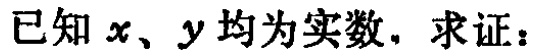
已知 \(x、y\) 均为实数. 求证：